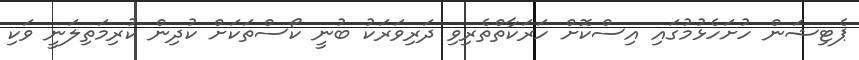
ޕެޓިޝަން ހުށަހެޅުމުގައި އިސްކޮށް ހަރަކާތްތެރިވި ދަރިވަރަކު ބުނީ ކޯސްތަކަށް ކުދިން ކުރިމަތިލަނީ ވަކި